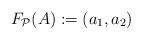
LaTeX: \begin{align*}F_{\mathcal{P}}(A) := (a_1,a_2)\end{align*}